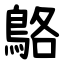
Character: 鴼